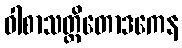
ဝါစာသတ္တိတောဒကေန